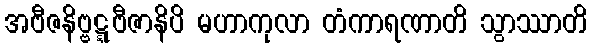
အဗီဇနိဗ္ဗဋ္ဋဗီဇာနိပိ မဟာကုလာ တံကာရဏာတိ သွာဿာတိ